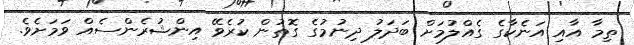
ތިމާ އާއި އަނެކާގެ ގެއްލުމަށް ބަދަލު ދިނުމުގެ ގޮތުން ކުރެވޭ އިންޝުރެންސެއް ވަމަށެވެ.